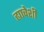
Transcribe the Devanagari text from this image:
ह्याचेशी